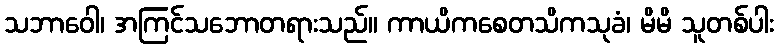
သဘာဝေါ၊ အကြင်သဘောတရားသည်။ ကာယိကစေတသိကသုခံ၊ မိမိ သူတစ်ပါး